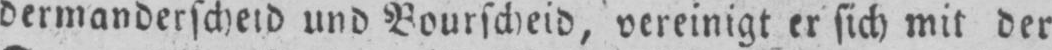
dermanderscheid und Bourscheid, vereinigt er sich mit der